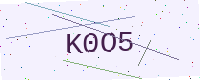
Text: K0O5